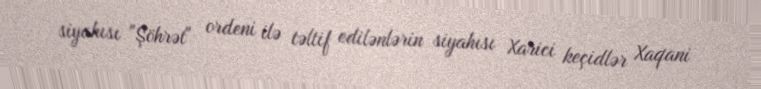
siyahısı "Şöhrət" ordeni ilə təltif edilənlərin siyahısı Xarici keçidlər Xaqani